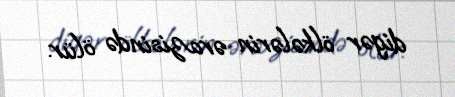
digər ölkələrin ərazisində ölür.